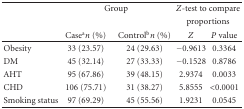
|  | <COLSPAN=2> Group | <COLSPAN=2> Z-test to compare |
 |  | <COLSPAN=2>  | <COLSPAN=2> proportions |
 |  | Casean (%) | Controlbn (%) | Z | P value |
 | --- | --- | --- | --- | --- |
 | Obesity | 33 (23.57) | 24 (29.63) | −0.9613 | 0.3364 |
 | DM | 45 (32.14) | 27 (33.33) | −0.1528 | 0.8786 |
 | AHT | 95 (67.86) | 39 (48.15) | 2.9374 | 0.0033 |
 | CHD | 106 (75.71) | 31 (38.27) | 5.8555 | <0.0001 |
 | Smoking status | 97 (69.29) | 45 (55.56) | 1.9231 | 0.0545 |